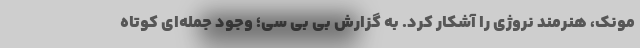
مونک، هنرمند نروژی را آشکار کرد. به گزارش بی بی سی؛ وجود جمله‌ای کوتاه